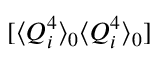
[ \langle Q _ { i } ^ { 4 } \rangle _ { 0 } \langle Q _ { i } ^ { 4 } \rangle _ { 0 } ]